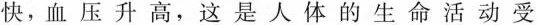
快，血压升高，这是人体的生命活动受